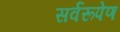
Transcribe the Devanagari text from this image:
सर्वरूपेण